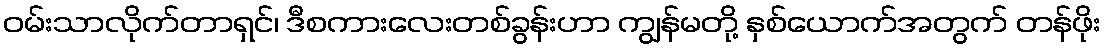
ဝမ်းသာလိုက်တာရှင်၊ ဒီစကားလေးတစ်ခွန်းဟာ ကျွန်မတို့ နှစ်ယောက်အတွက် တန်ဖိုး